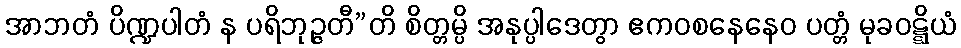
အာဘတံ ပိဏ္ဍပါတံ န ပရိဘုဉ္ဇတီ”တိ စိတ္တမ္ပိ အနုပ္ပါဒေတွာ ဧကဝစနေနေဝ ပတ္တံ မုခဝဋ္ဋိယံ